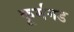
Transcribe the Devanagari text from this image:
कूर्मगड